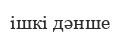
ішкі дәнше